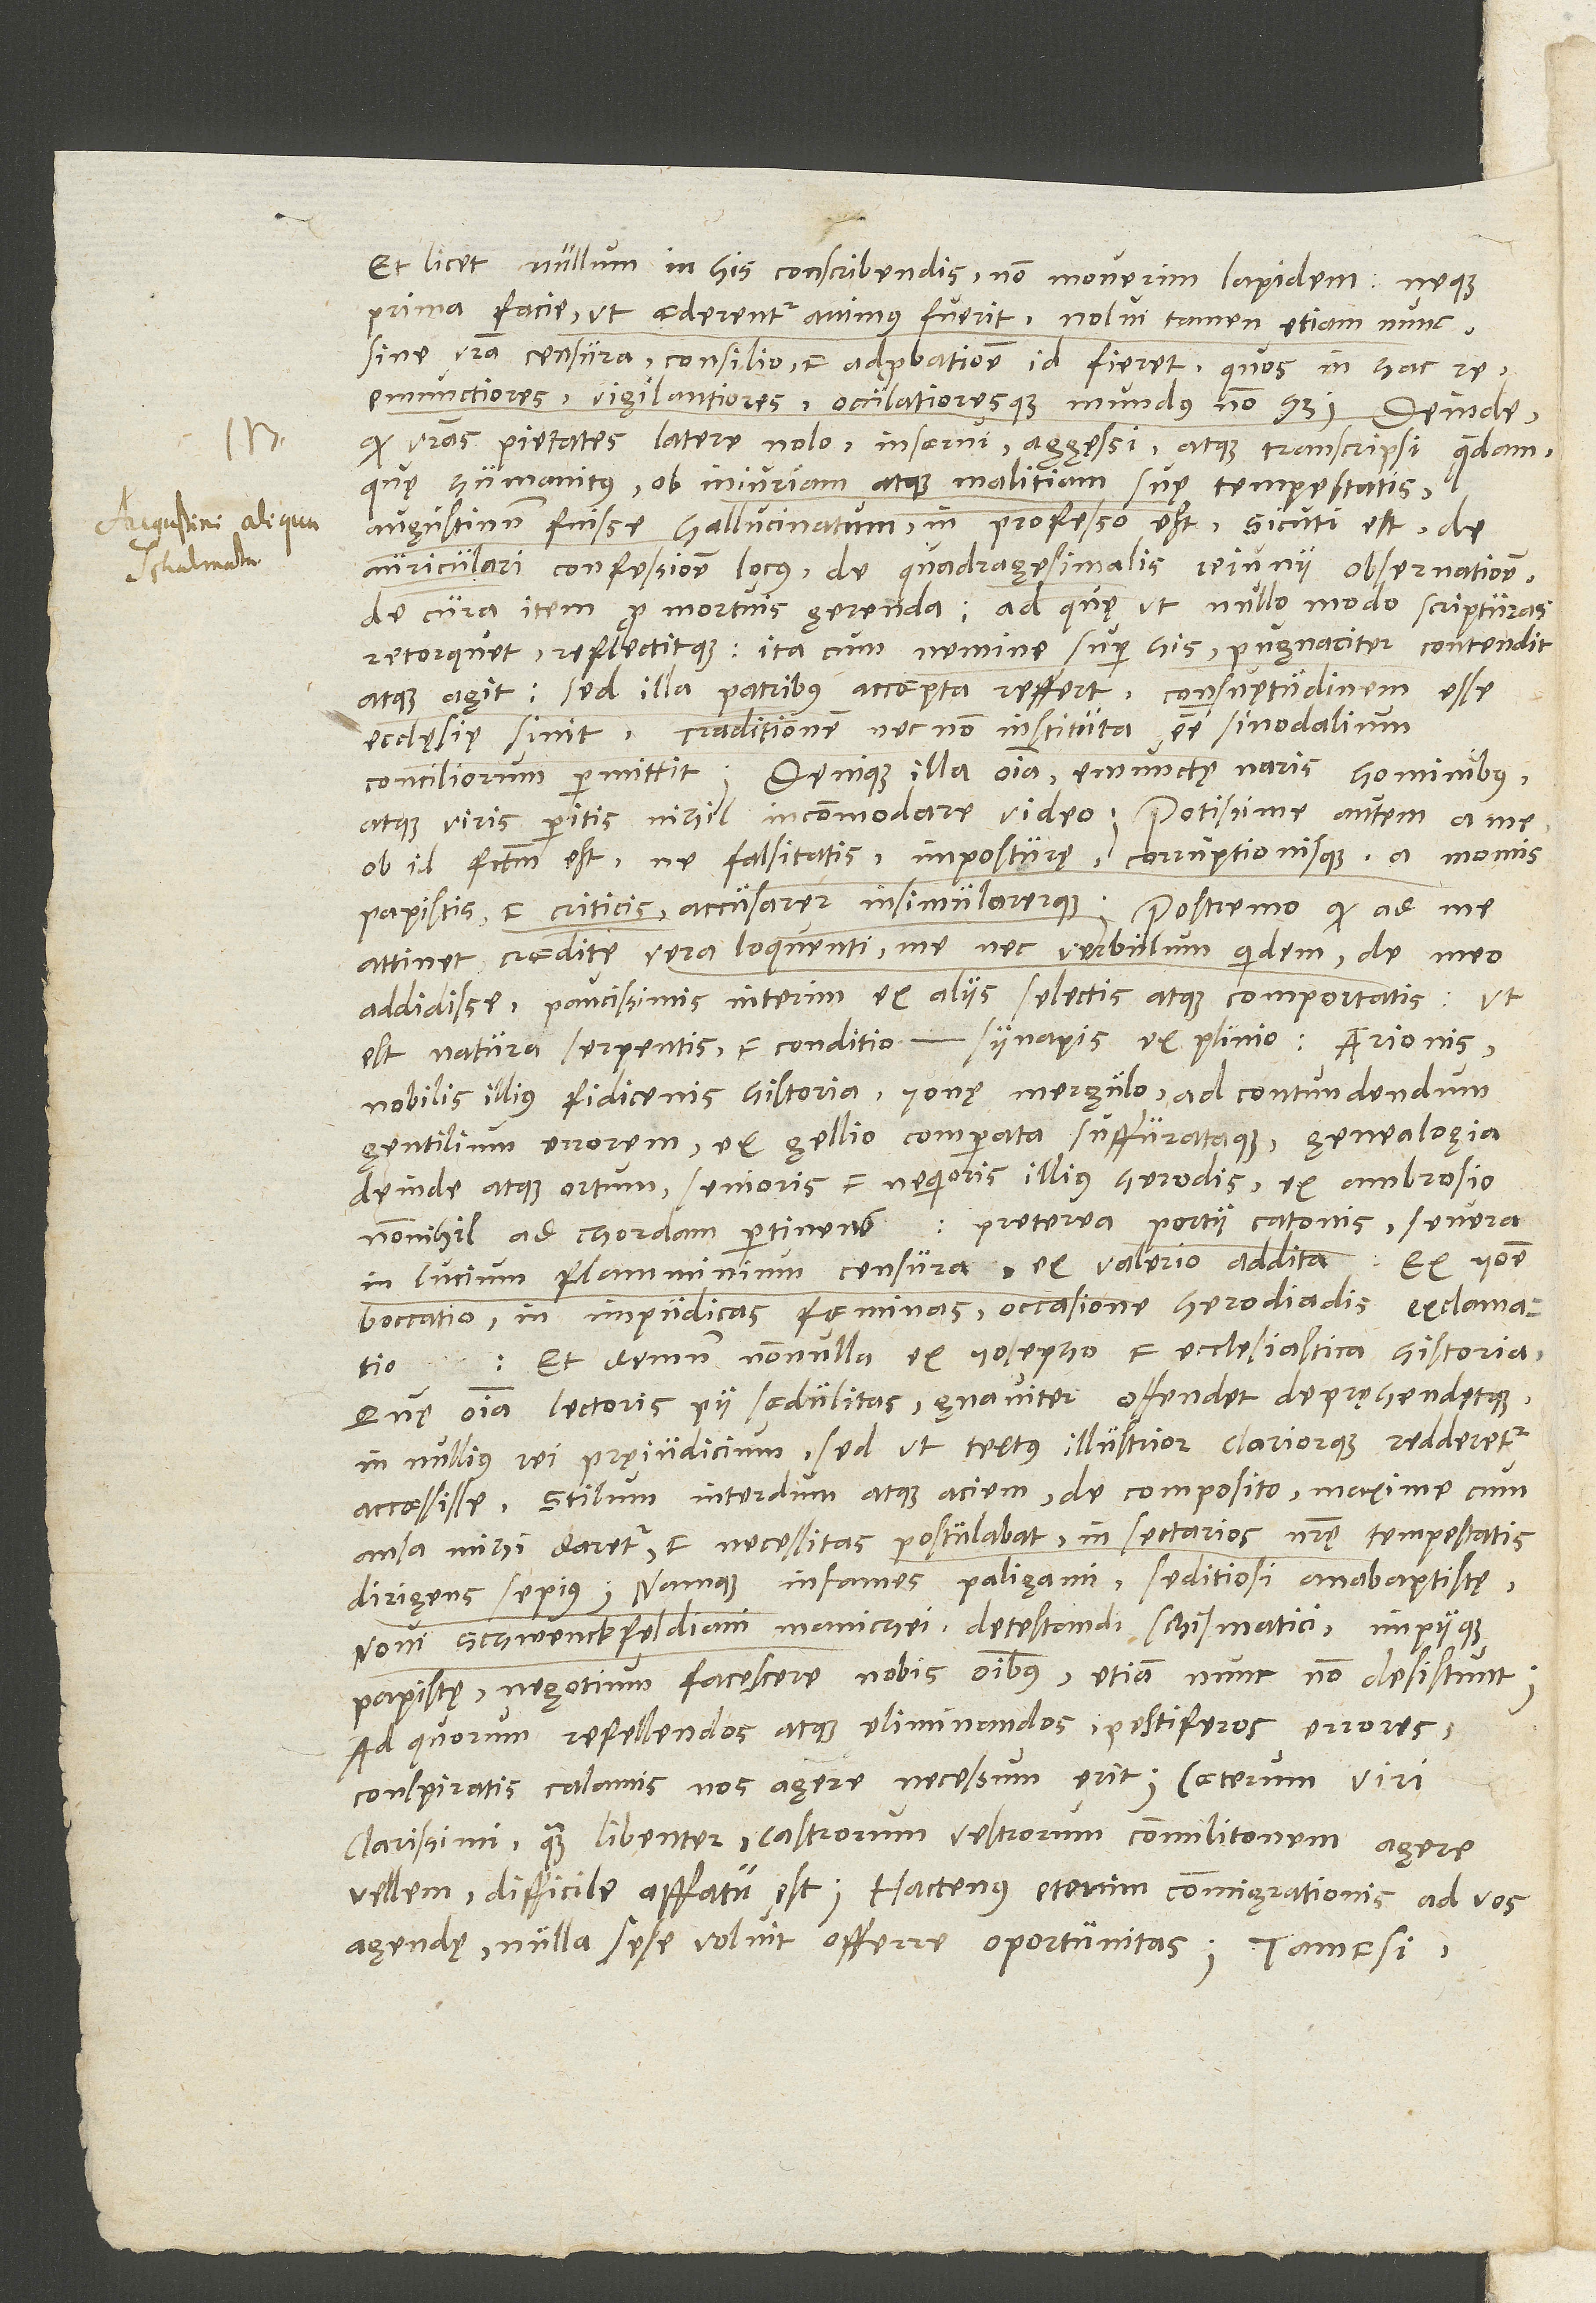
Et licet nullum in his conscribendis non moverim lapidem neque
prima facie, ut aederentur, animus fuerit, nolui tamen etiam nunc
vestra censura, consilio et adprobatione id fieret, quos in hac re
emunctiores, vigilantiores oculatioresque mundus non habet.
vestras pietates latere nolo, inserui, aggessi atque transcripsi quędam,
humanitus ob iniuriam atque malitiam suę tempestatis
Augustinum fuisse hallucinatum in professo est, sicuti est de
auriculari confessione locus, de quadragesimalis ieiunii observatione,
de cura item pro mortuis gerenda, ad quę ut nullo modo scripturas
retorquet reflectitque, ita cum nemine super his pugnaciter contendit
atque agit, sed illa patribus accepta reffert, consuętudinem esse
ecclęsię sinit, traditionem necnon instituta esse sinodalium
conciliorum permittit. Denique illa omnia emunctę naris hominibus
atque viris peritis nihil incommodare video. Potissime autem a me
ob id factum est, ne falsitatis, imposturę corruptionisque a Momis,
papistis et criticis accusarer insimularerque. Postremo, quod ad me
attinet, credite vera loquenti me nec verbulum quidem de meo
addidisse, paucissimis interim ex aliis selectis atque comportatis, ut
est natura serpentis et conditio synapis ex Plinio, Arionis,
nobilis illius fidicenis, historia Ionę mergulo ad contundendum
gentilium errorem ex Gellio comparata suffurataque, genealogia
deinde atque ortum senioris et nequioris illius Herodis ex Ambrosio
nonnihil ad chordam pertinens, preterea Portii Catonis severa
in Lucium Flamminium censura ex Valerio addita, ex Ioanne
Boccatio in impudicas foeminas occasione Herodiadis exclamatio
et demum nonnulla ex Iosepho et ecclesiastica historia.
omnia lectoris pii soedulitas gnaviter offendet deprehendetque
in nullius rei pręiudicium, sed ut textus illustrior clariorque redderetur,
accoessisse. Stilum interdum atque aciem de composito, maxime cum
ansa mihi daretur et necessitas postulabat, in sectarios nostrę tempestatis
dirigens sepius, namque infames paligami, seditiosi anabaptistę,
novi Schwenckfeldiani Manichei, detestandi schismatici impiique
papistę negotium facescere nobis omnibus etiam nunc non desistunt.
Ad quorum refellendos atque eliminandos pestiferos errores
clarissimi, quam libenter castrorum vestrorum commilitonem agere
vellem, difficile affatu est; hactenus etenim commigrationis ad vos
agendę nulla sese voluit offerre oportunitas. Tametsi